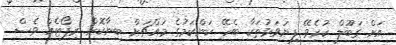
އަށް ގަބޫލް ކުރެވޭ ފިޔަވަޅުތަކާ ބެހޭ ކަންކަމުގެ މައްޗަށް ބިނާކޮށް ރިޕޯޓެއް ވެސް